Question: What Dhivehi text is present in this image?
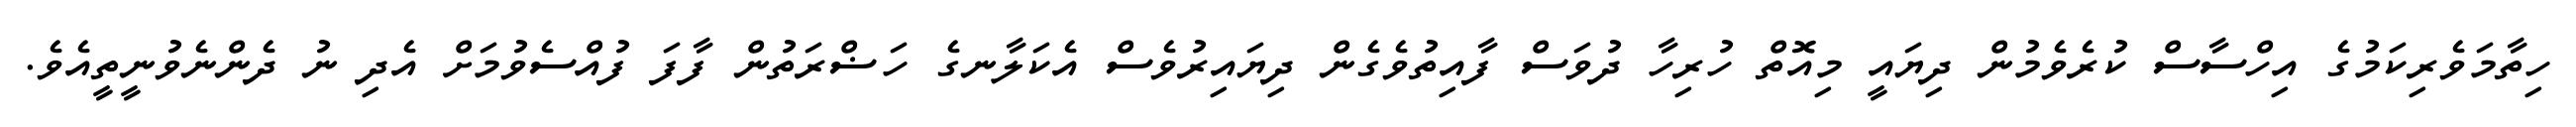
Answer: ހިތާމަވެރިކަމުގެ އިހްސާސް ކުރެވެމުން ދިޔައީ މިއޮތް ހުރިހާ ދުވަސް ފާއިތުވެގެން ދިޔައިރުވެސް އެކަލާނގެ ހަޟްރަތުން ފާފަ ފުއްސެވުމަށް އެދި ނު ދެންނެވުނީތީއެވެ.